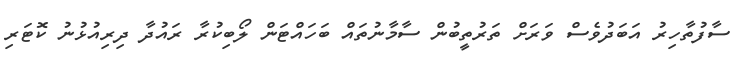
ސާފުތާހިރު އަބަދުވެސް ވަރަށް ތަރުތީބުން ސާމާނުތައް ބަހައްޓަން ލޯބިކުރާ ރައުދާ ދިރިއުޅުނު ކޮޓަރި